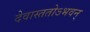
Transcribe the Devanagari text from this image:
देवास्ततोऽभवन्